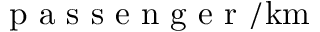
\mathrm { ~ p ~ a ~ s ~ s ~ e ~ n ~ g ~ e ~ r ~ } / \mathrm { k m }